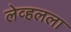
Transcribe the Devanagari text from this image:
लेव्हलला